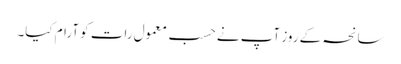
سانحہ کے روز آپ نے حسبِ معمول رات کو آرام کیا۔